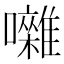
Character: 囃